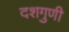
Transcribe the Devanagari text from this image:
दशगुणी